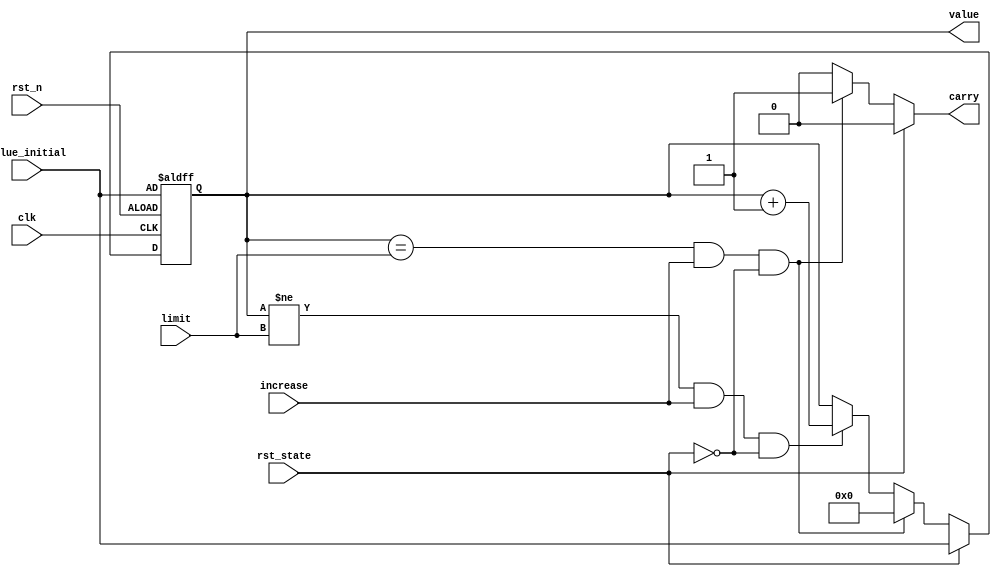
`timescale 1ns / 1ps

module Up_counter(
    value,  //counter output
    value_initial,  //value after reset
    carry, //borrow indicator
    clk,    //global clock
    rst_n,  //active low reset
    increase,   //counter enable control
    limit,   //limit for the counter
    rst_state
);
output [3:0] value;
output carry;
input [3:0] value_initial;
input [3:0] limit;
input clk, rst_n, increase;
input rst_state;
reg [3:0] value, value_tmp;
reg carry;

always @*
    if (rst_state == 1'b1) begin
        value_tmp = value_initial;
        carry = 0;
    end
    else if (value == limit && increase && rst_state == 1'b0)
    begin
        value_tmp = 4'd0;
        carry = 1;
    end
    else if (value != limit && increase && rst_state == 1'b0)
    begin
        value_tmp = value + 4'd1;
        carry = 0;
    end
    else
    begin
        value_tmp = value;
        carry = 0;
    end

always @(posedge clk or negedge rst_n)
    if (~rst_n)
        value <= value_initial;
    else
        value <= value_tmp;
 
endmodule